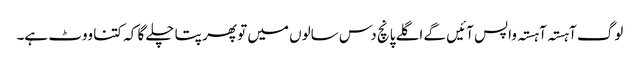
لوگ آہستہ آہستہ واپس آئیں گے اگلے پانچ دس سالوں میں تو پھر پتا چلے گا کہ کتنا ووٹ ہے۔